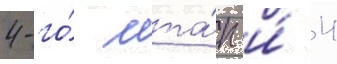
4-го́ мта́п и́ 4